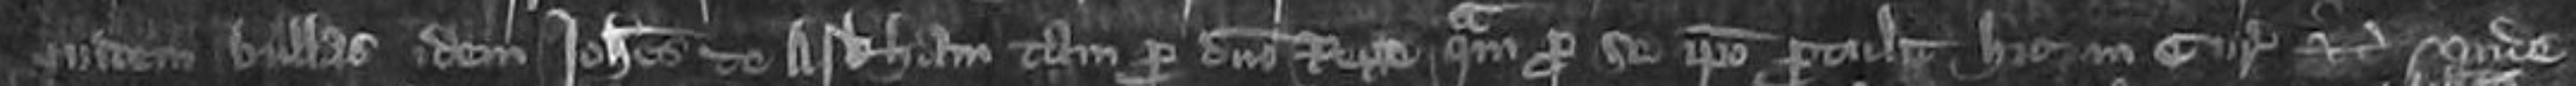
quidem bullas Idem Johannes de Arkham tam pro domino Rege quam pro se ipso protulit hic in curia etc unde